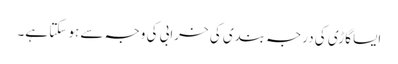
ایسا گاڑی کی درجہ بندی کی خرابی کی وجہ سے ہو سکتا ہے۔